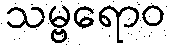
သမ္ဗရောဝ